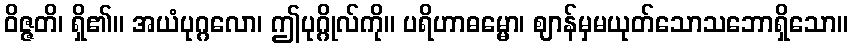
ဝိဇ္ဇတိ၊ ရှိ၏။ အယံပုဂ္ဂလော၊ ဤပုဂ္ဂိုလ်ကို။ ပရိဟာဓမ္မော၊ ဈာန်မှမယုတ်သောသဘောရှိသော။